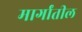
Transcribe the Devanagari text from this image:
मार्गांतील